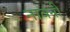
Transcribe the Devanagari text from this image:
नावंनी